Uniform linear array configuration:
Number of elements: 12
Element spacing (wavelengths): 0.25
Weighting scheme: uniform
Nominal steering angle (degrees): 45
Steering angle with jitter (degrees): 46.281
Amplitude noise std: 0.05
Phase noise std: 0.05

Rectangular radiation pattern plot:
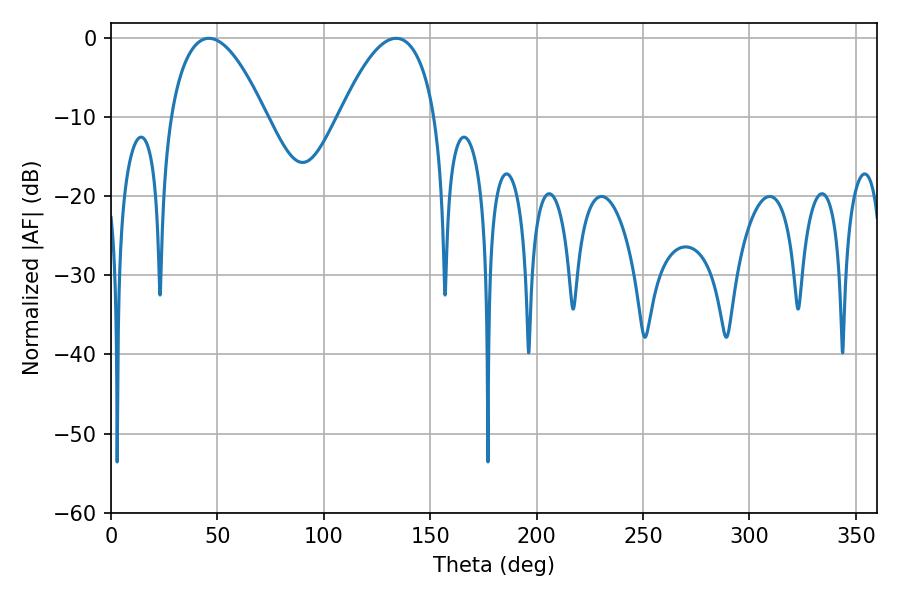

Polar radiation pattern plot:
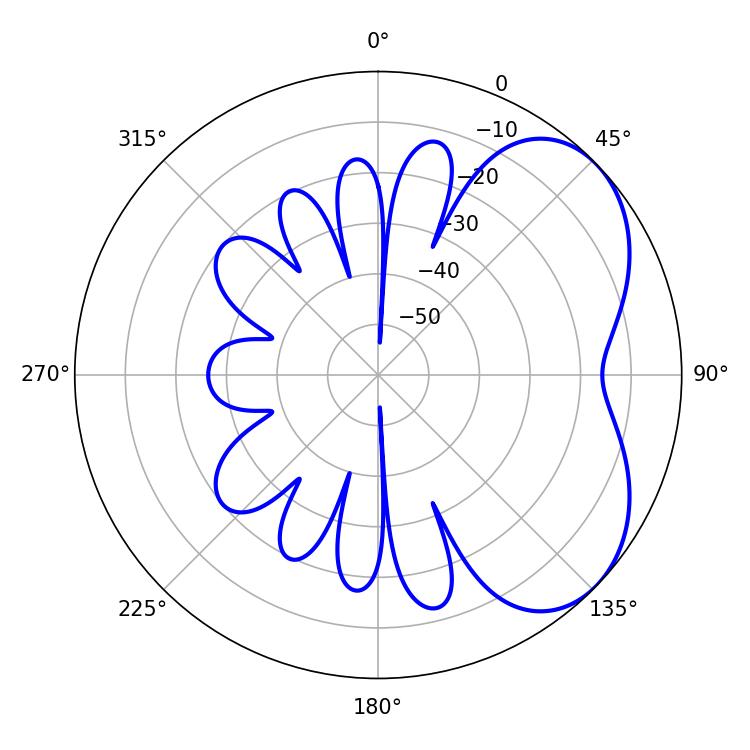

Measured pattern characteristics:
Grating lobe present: FALSE
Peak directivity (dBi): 4.605
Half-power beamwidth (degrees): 24.84
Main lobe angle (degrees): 46.08